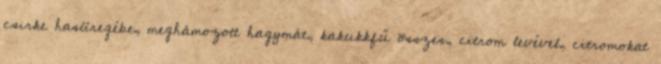
csirke hasüregébe, meghámozott hagymát, kakukkfű összes, citrom levével, citromokat